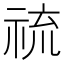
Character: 𱵓